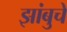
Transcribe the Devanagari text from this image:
झांबुचे